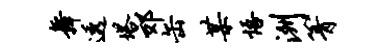
舞透塔郊缶某悟洲箐